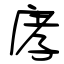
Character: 庨